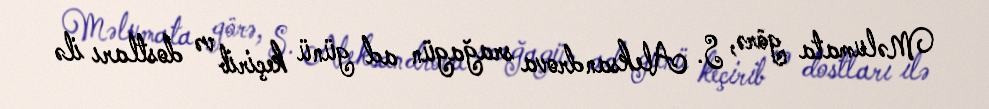
Məlumata görə, S. Aleksandrova srağagün ad günü keçirib və dostları ilə